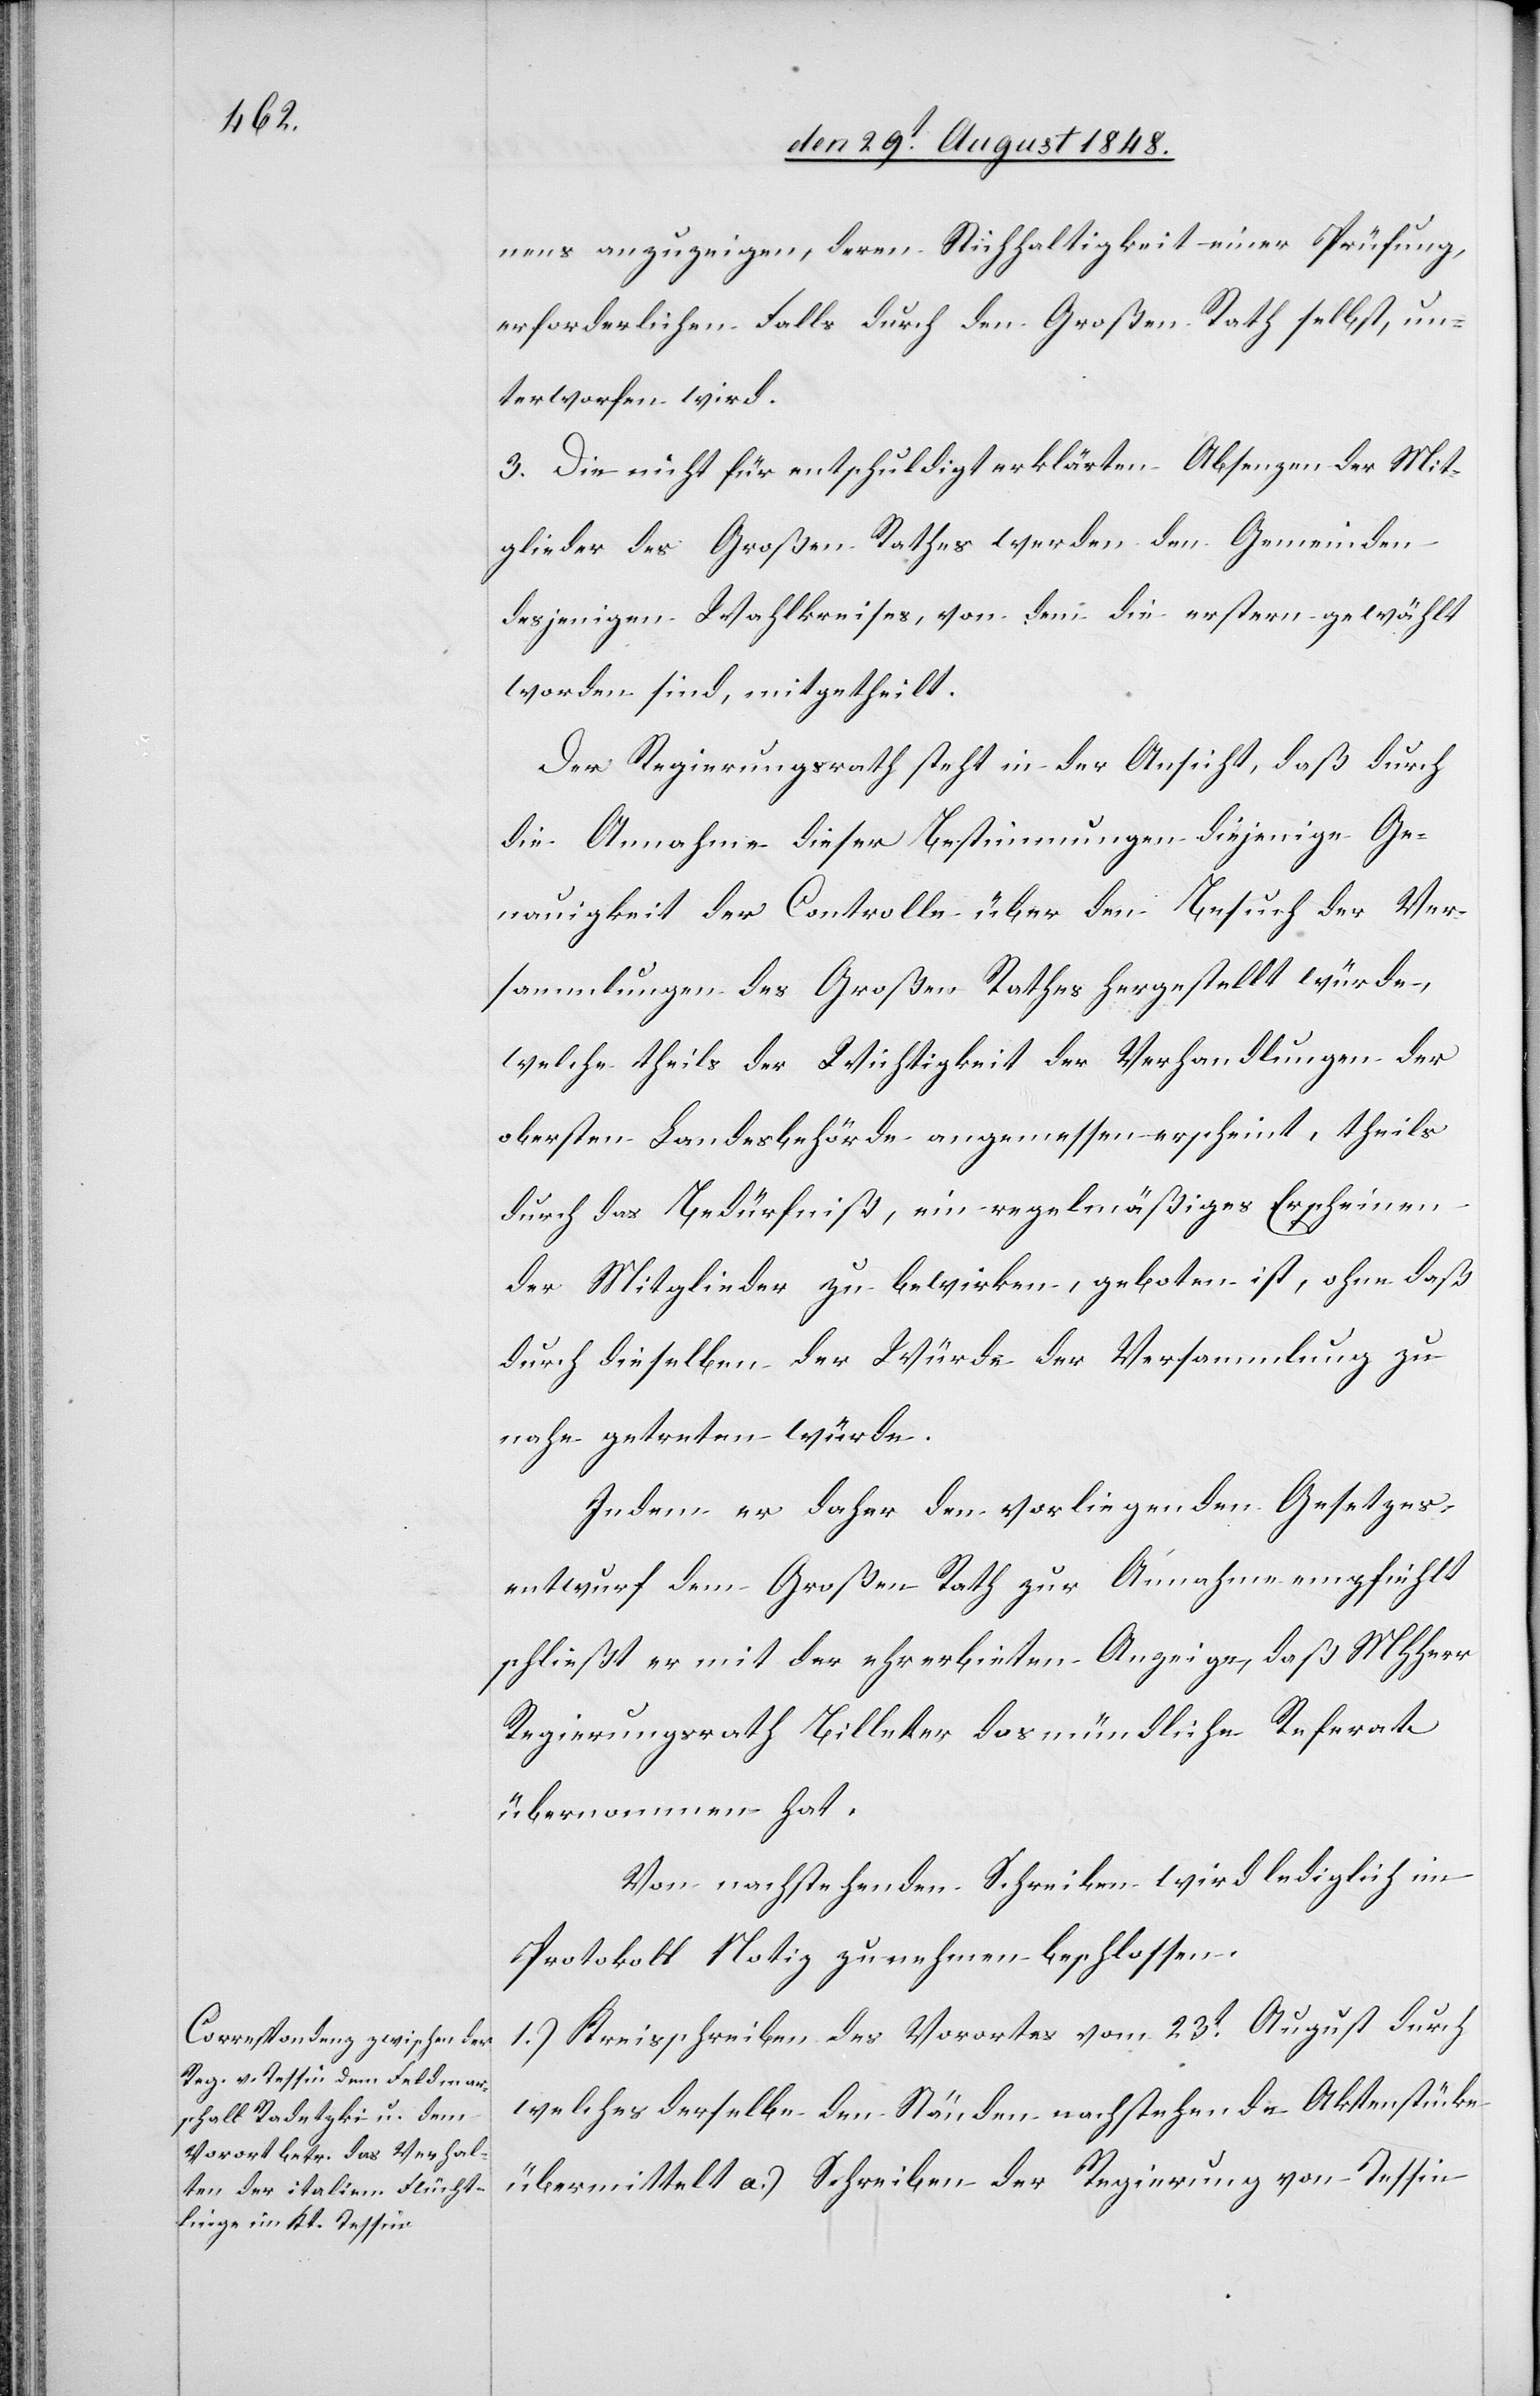
nens anzuzeigen, deren Stichhaltigkeit einer Prüfung,
erforderlichen Falls durch den Großen Rath selbst, un¬
terworfen wird.
3. Die nicht für entschuldigt erklärten Absenzen der Mit¬
glieder des Großen Rathes werden den Gemeinden
desjenigen Wahlkreises, von dem die erstern gewählt
worden sind, mitgetheilt.
Der Regierungsrath steht in der Ansicht, daß durch
die Annahme dieser Bestimmungen diejenige Ge¬
nauigkeit der Controlle über den Besuch der Ver¬
sammlungen des Großen Rathes hergestellt würde,
welche theils der Wichtigkeit der Verhandlungen der
obersten Landesbehörde angemessen erscheint, theils
durch das Bedürfniß, ein regelmäßiges Erscheinen
der Mitglieder zu bewirken, geboten ist, ohne daß
durch dieselben der Würde der Versammlung zu
nahe getreten würde.
Indem er daher den vorliegenden Gesetzes¬
entwurf dem Großen Rathe zur Annahme empfiehlt
schließt er mit der ehrerbieten Anzeige, daß MHHerr
Regierungsrath Billeter das mündliche Referat
übernommen hat.
Von nachstehenden Schreiben wird lediglich im
Protokoll Notiz zu nehmen beschlossen.
1.) Kreisschreiben des Vorortes vom 23t August durch
welches derselbe den Ständen nachstehende Aktenstücke
übermittelt a.) Schreiben der Regierung von Tessin